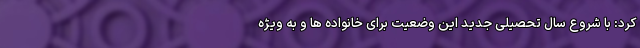
کرد: با شروع سال تحصیلی جدید این وضعیت برای خانواده ها و به ویژه